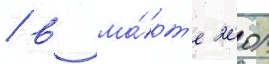
/ в ма́рт'е 2001